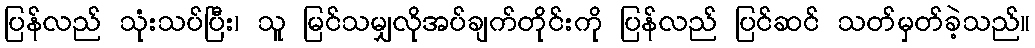
ပြန်လည် သုံးသပ်ပြီး၊ သူ မြင်သမျှလိုအပ်ချက်တိုင်းကို ပြန်လည် ပြင်ဆင် သတ်မှတ်ခဲ့သည်။